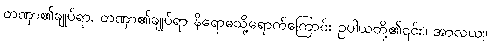
တဏှာ၏ချုပ်ရာ, တဏှာ၏ချုပ်ရာ နိရောဓသို့ရောက်ကြောင်း ဥပါယတို့၏၎င်း။ အာလယ။